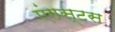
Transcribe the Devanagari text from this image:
एंगस्टस